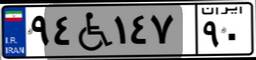
۰۳W۱۴۷۲۱